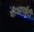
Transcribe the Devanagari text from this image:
वीआरईटी